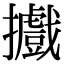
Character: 𢹍